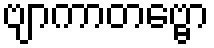
ဗျာကာတဗ္ဗော